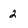
Character: 2